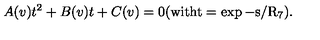
A ( v ) t ^ { 2 } + B ( v ) t + C ( v ) = 0 ( \mathrm { w i t h t = \exp - s / R _ 7 } ) .